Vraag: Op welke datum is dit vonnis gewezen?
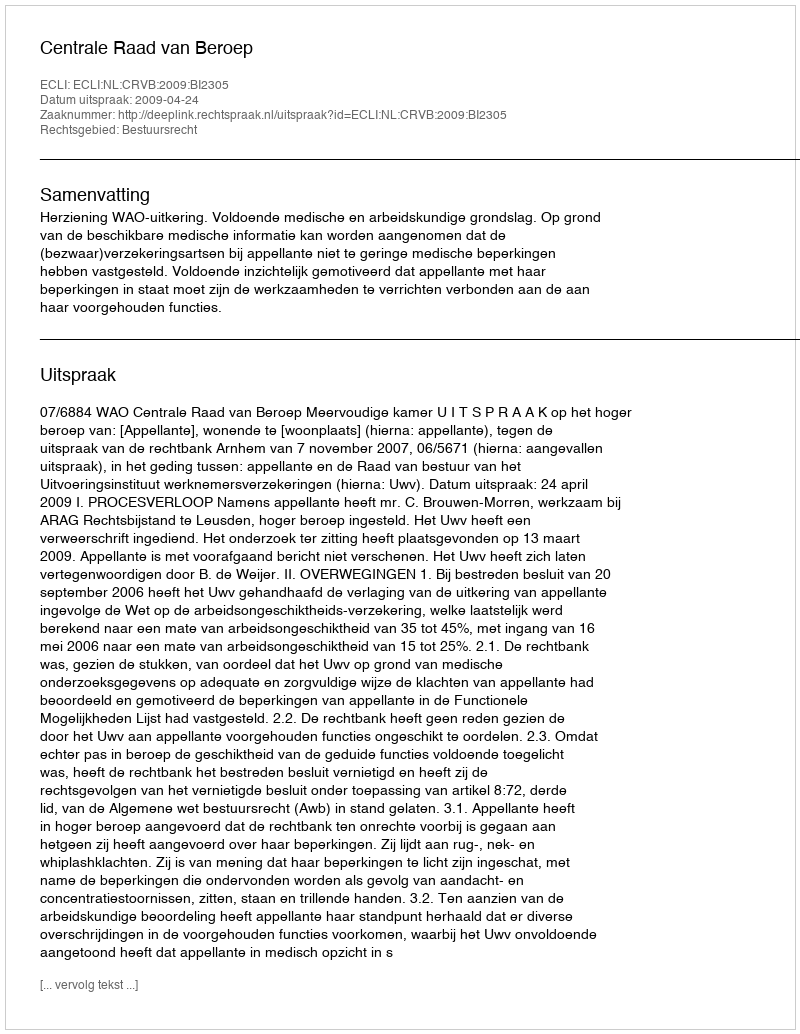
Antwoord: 2009-04-24